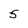
Character: 5